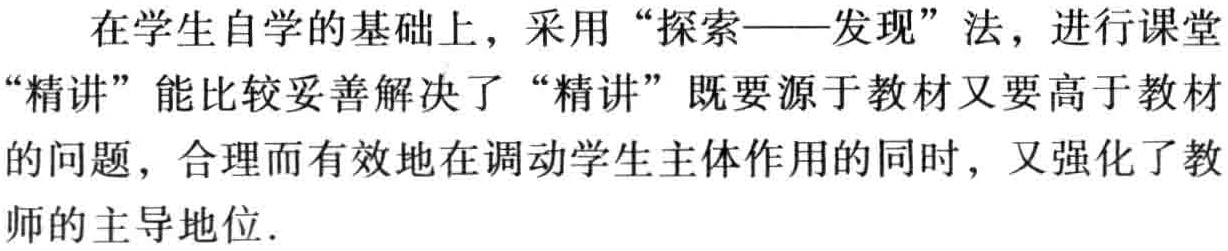
在学生自学的基础上，采用“探索——发现”法，进行课堂“精讲”能比较妥善解决了“精讲”既要源于教材又要高于教材的问题，合理而有效地在调动学生主体作用的同时，又强化了教师的主导地位.